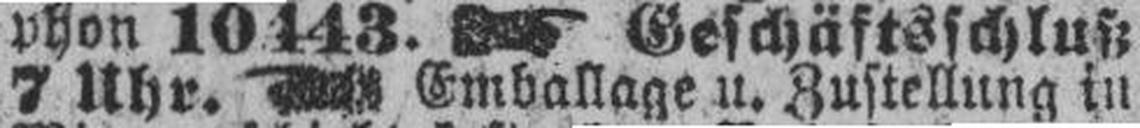
7 Uhr. Emballage u. Zustellung in